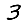
Digit: 3